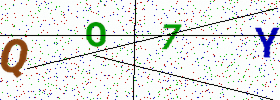
Text: QO7Y